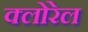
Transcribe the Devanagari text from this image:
क्लोरेल